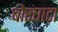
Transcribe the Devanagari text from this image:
बोरघाटा